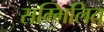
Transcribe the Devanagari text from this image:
सम्‍मिलित